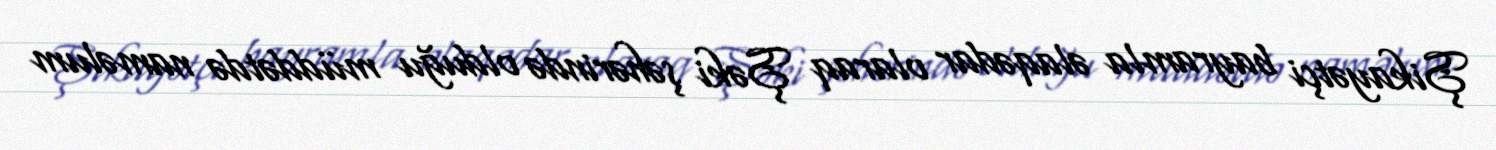
Şikayətçi bayramla əlaqədar olaraq Şəki şəhərində olduğu müddətdə naməlum